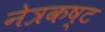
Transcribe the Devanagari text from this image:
नेत्रकष्ट